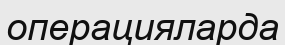
операцияларда